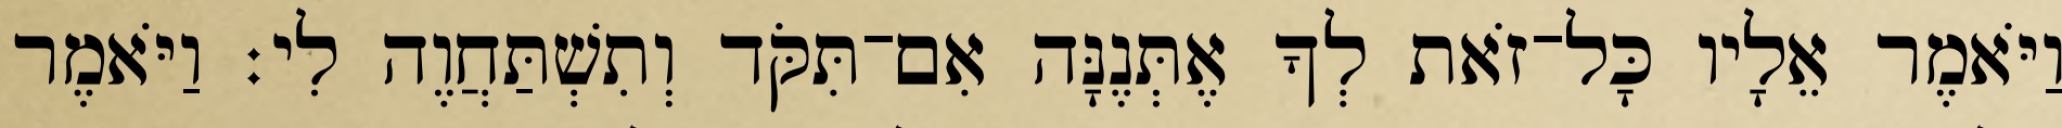
וַיֹּאמֶר אֵלָיו כָּל־זֹאת לְךָ אֶתְּנֶנָּה אִם־תִּקֹּד וְתִשְׁתַּחֲוֶה לִי׃ וַיֹּאמֶר